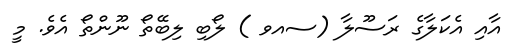
އާއި އެކަލާގެ ރަސޫލާ (ސއވ ) ލޯބި ލިބޭތޯ ނޫންތޯ އެވެ. މީ